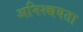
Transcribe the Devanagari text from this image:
अनिश्च्चयता